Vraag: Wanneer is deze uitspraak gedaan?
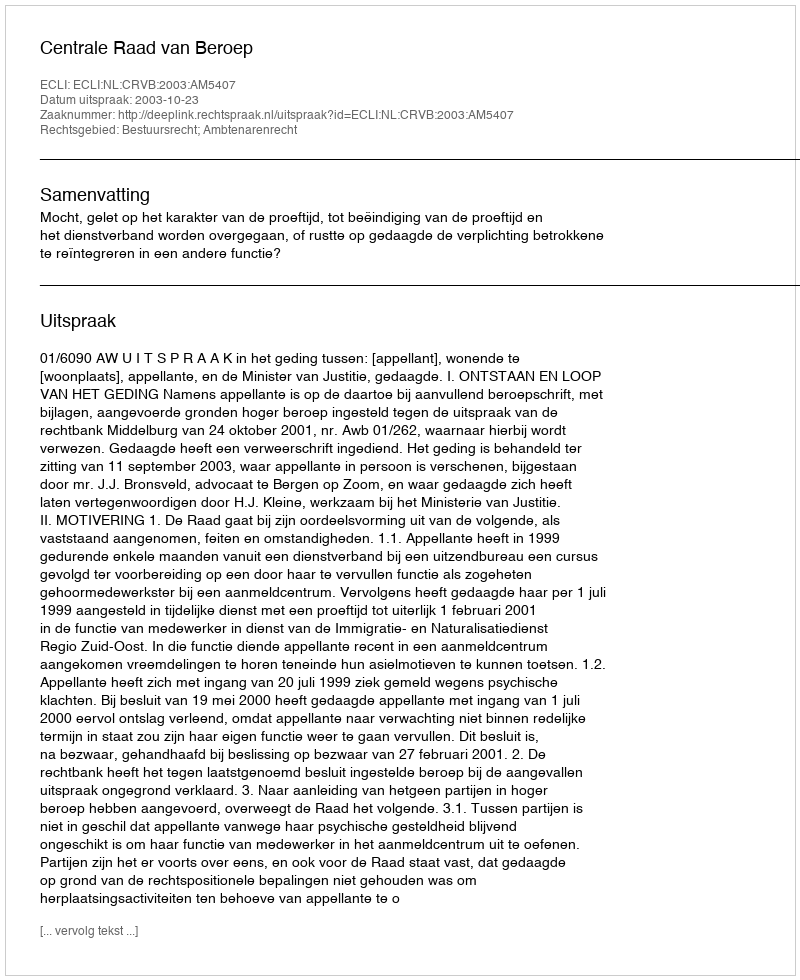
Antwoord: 2003-10-23